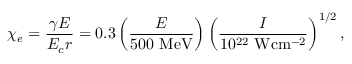
\chi _ { e } = \frac { \gamma E } { E _ { c } r } = 0 . 3 \left( \frac { E } { 5 0 0 ~ \mathrm { M e V } } \right) \left( \frac { I } { 1 0 ^ { 2 2 } ~ \mathrm { W } \mathrm { c m } ^ { - 2 } } \right) ^ { 1 / 2 } ,